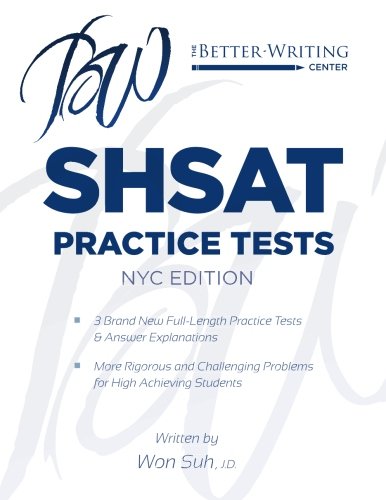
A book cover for SHSAT Practice Tests: NYC Edition; Won Suh; Test Preparation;